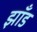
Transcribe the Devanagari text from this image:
झाँड